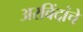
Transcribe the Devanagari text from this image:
अरविंदांचे